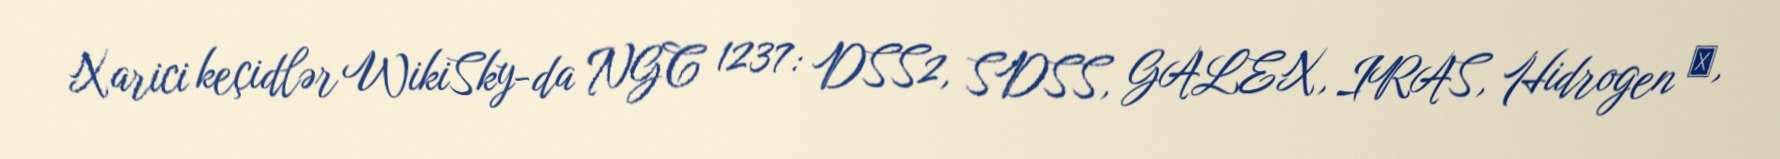
Xarici keçidlər WikiSky-da NGC 1237: DSS2, SDSS, GALEX, IRAS, Hidrogen α,